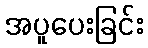
အပူပေးခြင်း